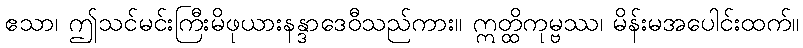
ဧသာ၊ ဤသင်မင်းကြီးမိဖုယားနန္ဒာဒေဝီသည်ကား။ ဣတ္ထိကုမ္ဗဿ၊ မိန်းမအပေါင်းထက်။